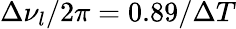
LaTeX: \Delta\nu_{l}/{2\pi}=0.89/\Delta T